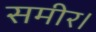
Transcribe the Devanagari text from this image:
समीर।